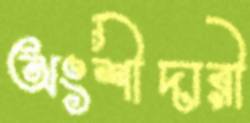
অংশীদারী